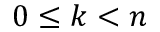
0 \leq k < n